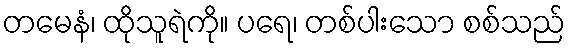
တမေနံ၊ ထိုသူရဲကို။ ပရေ၊ တစ်ပါးသော စစ်သည်